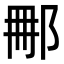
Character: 𨚿